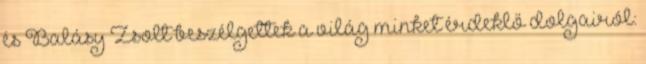
és Balásy Zsolt beszélgettek a világ minket érdeklő dolgairól: